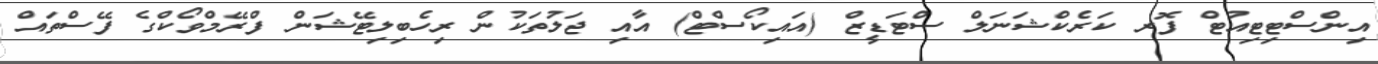
އިންސްޓިޓިއުޓް ފޮރ ކަރެކްޝަނަލް ސްޓަޑީޒް (އައިކޯސްޓް) އާއި ޖަލުތަކުން ރިހެބިލިޓޭޝަން ފްރޭމްވޯކްގެ ފޭސްތައް